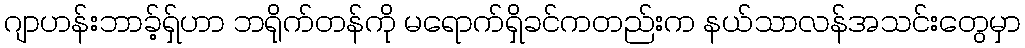
ဂျာဟန်းဘာခ့်ရှ်ဟာ ဘရိုက်တန်ကို မရောက်ရှိခင်ကတည်းက နယ်သာလန်အသင်းတွေမှာ